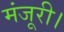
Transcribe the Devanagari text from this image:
मंजूरी।